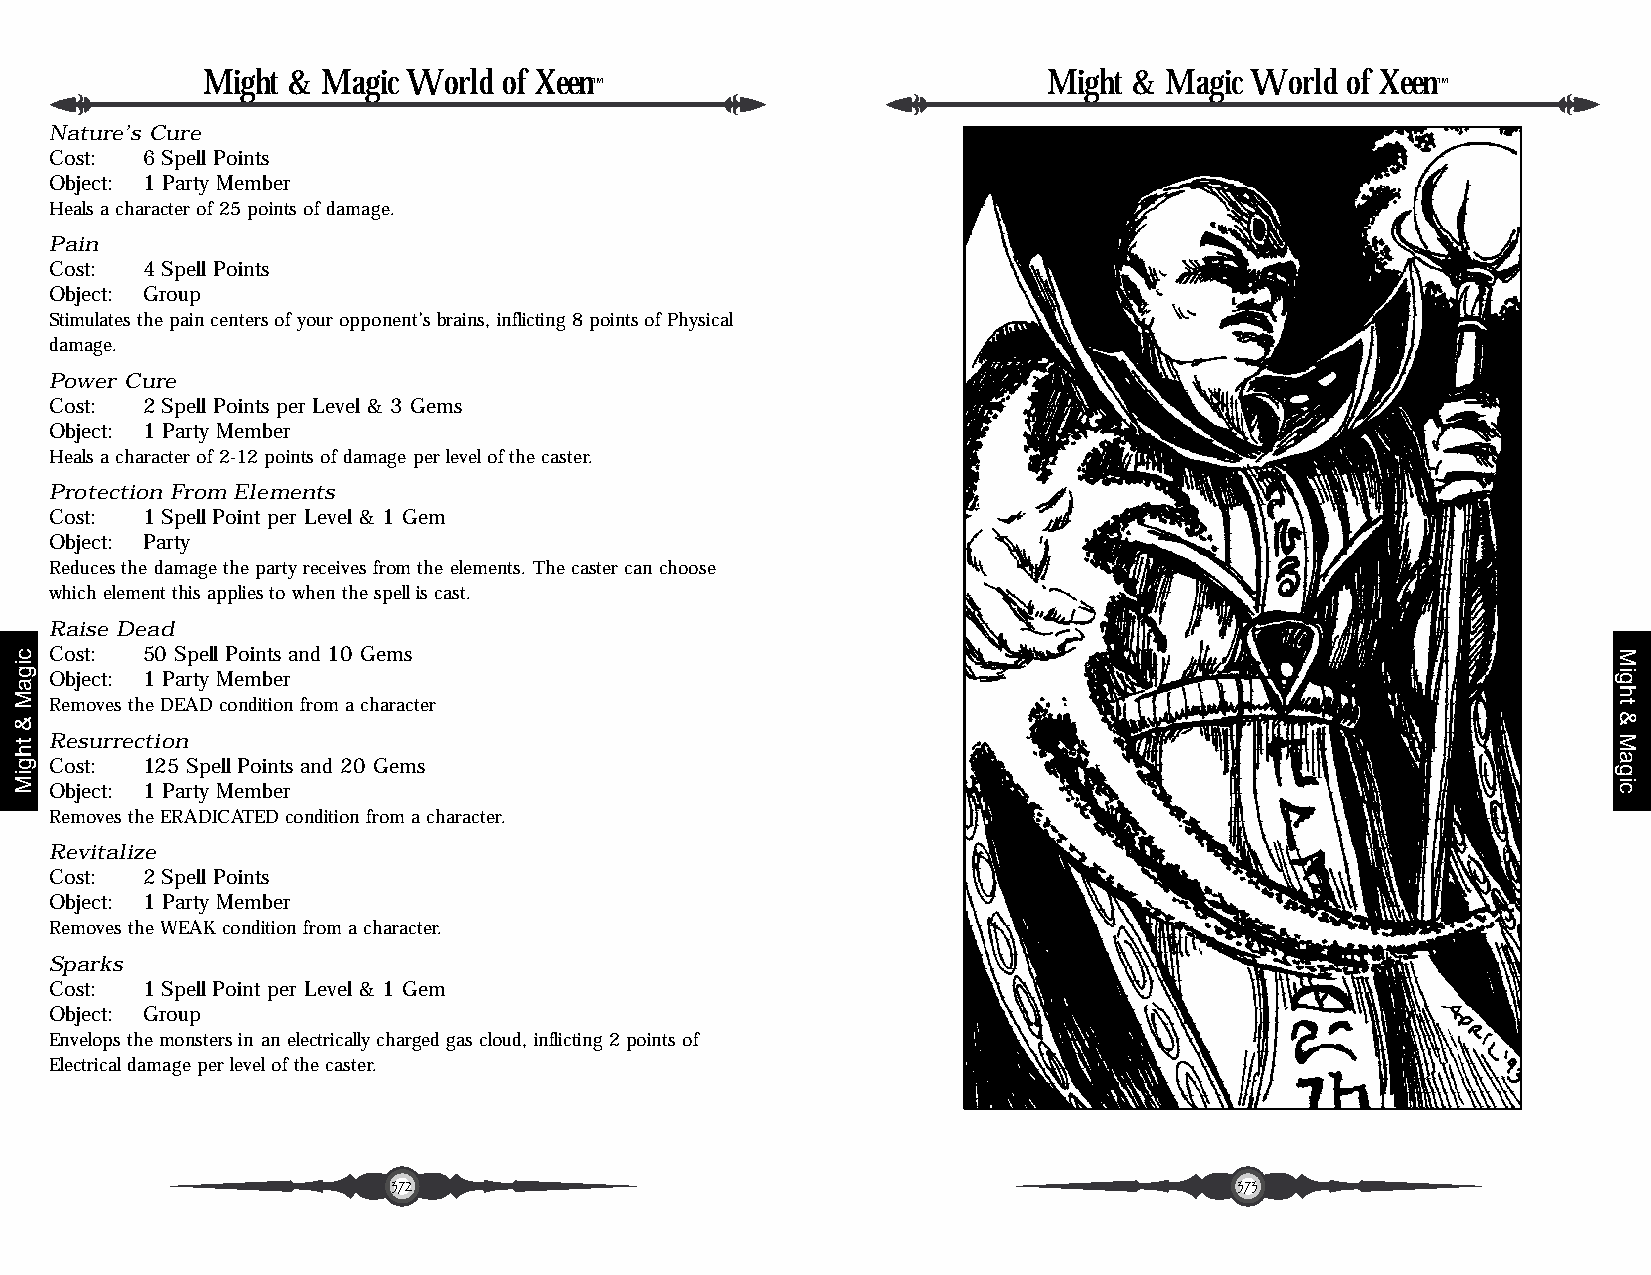
Might & Magic World of Xeen                             Might & Magic World of Xeen
 ™                                                       ™
 Nature’s Cure
 Cost: 6 Spell Points
 Object: 1 Party Member
 Heals a character of 25 points of damage.
 Pain
 Cost: 4 Spell Points
 Object: Group
 Stimulates the pain centers of your opponent’s brains, inflicting 8 points of Physical
 damage.
 Power Cure
 Cost: 2 Spell Points per Level & 3 Gems
 Object: 1 Party Member
 Heals a character of 2-12 points of damage per level of the caster.
 Protection From Elements
 Cost: 1 Spell Point per Level & 1 Gem
 Object: Party
 Reduces the damage the party receives from the elements. The caster can choose
 which element this applies to when the spell is cast.
 Raise Dead
 Cost: 50 Spell Points and 10 Gems
 Object: 1 Party Member
 Removes the DEAD condition from a character
 Resurrection
 Cost: 125 Spell Points and 20 Gems
 Object: 1 Party Member
 Removes the ERADICATED condition from a character.
 Revitalize
 Cost: 2 Spell Points
 Object: 1 Party Member
 Removes the WEAK condition from a character.
 Sparks
 Cost: 1 Spell Point per Level & 1 Gem
 Object: Group
 Envelops the monsters in an electrically charged gas cloud, inflicting 2 points of
 Electrical damage per level of the caster.
 372                                                     373
 cigaM
 &
 thgiM
 Might
 &
 Magic